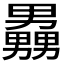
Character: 𪟧